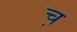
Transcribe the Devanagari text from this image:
च़